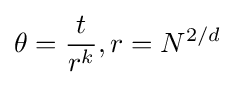
\theta ={\frac {t}{r^{k}}},r=N^{2/d}